Lunatic asylums in Bengal annual reports 1912-1924 - 1912-1924
Year: 1912
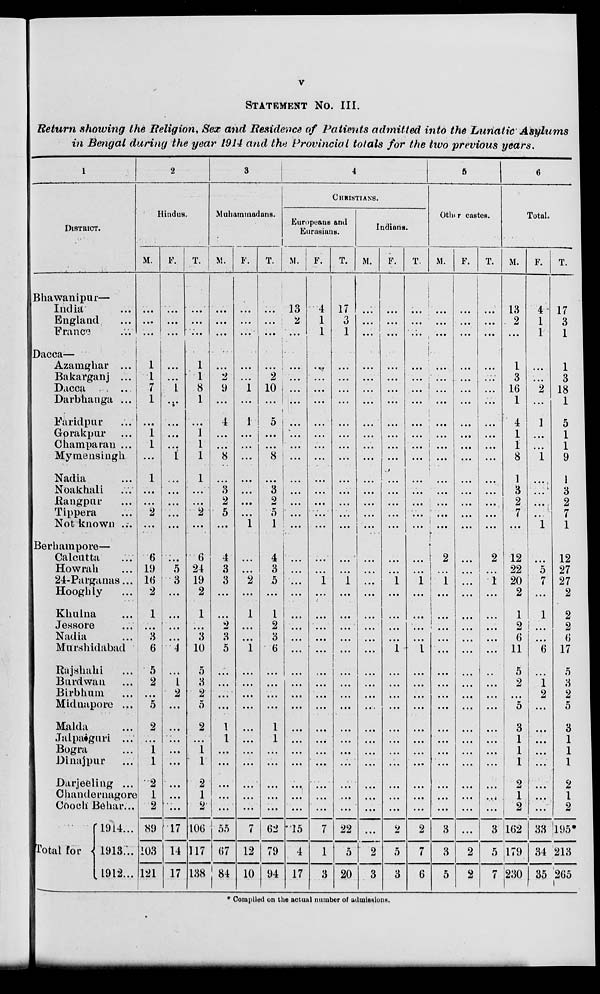
v
STATEMENT NO. III.
Return showing the Religion, Sex and Residence of Patients admitted into the Lunatic
Asylums
in Bengal during the year 1914 and the Provincial totals for the two previous years.
1
DISTRICT.
Bhawanipur—
India ...
England ...
France ...
Dacca—
Azamghar ...
Bakarganj ...
Dacca ...
Darbhanga ...
Faridpur ...
Gorakpur ...
Champaran ...
Mymensingh
Nadia ...
Noakhali ...
Rangpur ...
Tippera ...
Not known ...
Berhampore—
Calcutta ...
Howrah ...
24-Parganas ...
Hooghly ...
Khulna ...
Jessore ...
Nadia ...
Murshidabad
Rajshahi ...
Burdwan ...
Birbhum ...
Midnapore ...
Malda ...
Jalpaiguri ...
Bogra ...
Dinajpur ...
Darjeeling ...
Chandernagore
Cooch Behar...
Total for
1914 ...
1913 ...
1912 ...
2
Hindus.
M.
...
...
...
1
1
7
1
...
1
1
...
1
...
...
2
...
6
19
16
2
1
...
3
6
5
2
...
5
2
...
1
1
2
1
2
89
103
121
F.
...
...
...
...
...
1
...
...
...
...
1
...
...
...
...
...
...
5
3
...
...
...
...
4
...
1
2
...
...
...
...
...
...
...
...
17
14
17
T.
...
...
...
1
1
8
1
...
1
1
1
1
...
...
2
...
6
24
19
2
1
...
3
10
5
3
2
5
2
...
1
1
2
1
2
106
117
138
3
Muhammadans.
M.
...
...
...
...
2
9
...
4
...
...
8
...
3
2
5
...
4
3
3
...
...
2
3
5
...
...
...
...
1
1
...
...
...
...
...
55
67
84
F.
...
...
...
...
...
1
...
1
...
...
...
...
...
...
...
1
...
...
2
...
1
...
...
1
...
...
...
...
...
...
...
...
...
...
...
7
12
10
T.
...
...
...
...
2
10
...
5
...
...
8
...
3
2
5
1
4
3
5
...
1
2
3
6
...
...
...
...
1
1
...
...
...
...
...
62
79
94
4
CHRISTIANS.
Europeans and
Eurasians.
M.
13
2
...
...
...
...
...
...
...
...
...
...
...
...
...
...
...
...
...
...
...
...
...
...
...
...
...
...
...
...
...
...
...
...
...
15
4
17
F.
4
1
1
...
...
...
...
...
...
...
...
...
...
...
...
...
...
...
...
...
...
...
...
...
...
...
...
...
...
...
...
...
...
...
...
7
1
3
T.
17
3
1
...
...
...
...
...
...
...
...
...
...
...
...
...
...
...
...
...
...
...
...
...
...
...
...
...
...
...
...
...
...
...
...
22
5
20
Indians.
M.
...
...
...
...
...
...
...
...
...
...
...
...
...
...
...
...
...
...
...
...
...
...
...
...
...
...
...
...
...
...
...
...
...
...
...
...
2
3
F.
...
...
...
...
...
...
...
...
...
...
...
...
...
...
...
...
...
...
1
...
...
...
...
1
...
...
...
...
...
...
...
...
...
...
...
2
5
3
T.
...
...
...
...
...
...
...
...
...
...
...
...
...
...
...
...
...
...
1
...
...
...
...
1
...
...
...
...
...
...
...
...
...
...
...
2
7
6
5
Other castes.
M.
...
...
...
...
...
...
...
...
...
...
...
...
...
...
...
...
2
...
1
...
...
...
...
...
...
...
...
...
...
...
...
...
...
...
...
3
3
5
F.
...
...
...
...
...
...
...
...
...
...
...
...
...
...
...
...
...
...
...
...
...
...
...
...
...
...
...
...
...
...
...
...
...
...
...
...
2
2
T.
...
...
...
...
...
...
...
...
...
...
...
...
...
...
...
...
2
...
1
...
...
...
...
...
...
...
...
...
...
...
...
...
...
...
...
3
5
7
6
Total.
M.
13
2
...
1
3
16
1
4
1
1
8
1
3
2
7
...
12
22
20
2
1
2
6
11
5
2
...
5
3
1
1
1
2
1
2
162
179
230
F.
4
1
1
...
...
2
...
1
...
...
1
...
...
...
...
1
...
5
7
...
1
...
...
6
...
1
2
...
...
...
...
...
...
...
...
33
34
35
T.
17
3
1
1
3
18
1
5
1
1
9
1
3
2
7
1
12
27
27
2
2
2
6
17
5
3
2
5
3
1
1
1
2
1
2
195
213
265
* Compiled on the actual number of admissions.